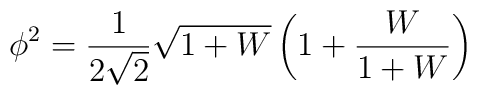
\phi^2 = \frac{1}{2 \sqrt{2}} \sqrt{1+W} \left ( 1+\frac{W}{1+W} \right)